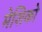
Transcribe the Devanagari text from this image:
मेशिको